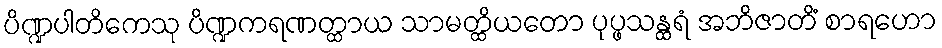
ပိဏ္ဍပါတိကေသု ပိဏ္ဍကရဏတ္ထာယ သာမတ္ထိယတော ပုပ္ဖသန္ထရံ အဘိဇာတိံ စာရဟော